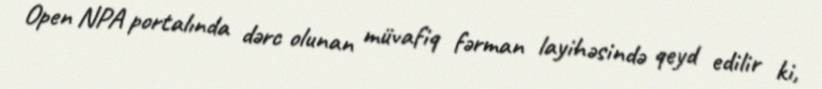
Open NPA portalında dərc olunan müvafiq fərman layihəsində qeyd edilir ki,